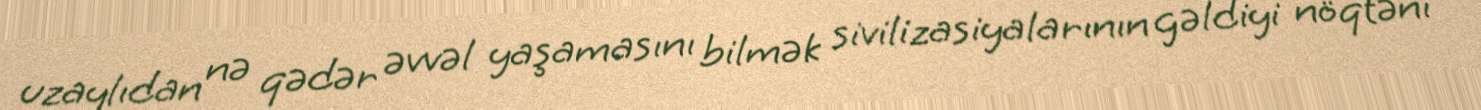
uzaylıdan nə qədər əvvəl yaşamasını bilmək sivilizasiyalarının gəldiyi nöqtəni